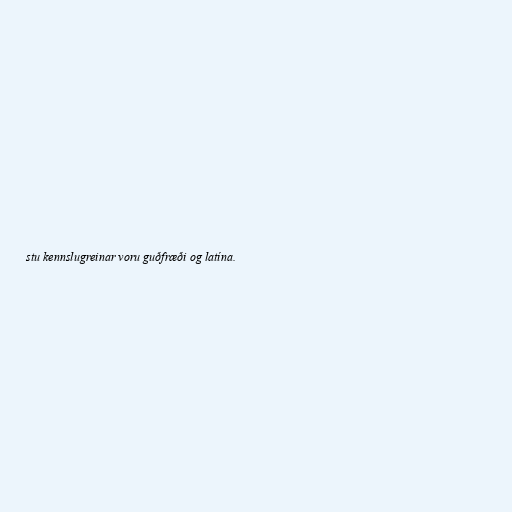
stu kennslugreinar voru guðfræði og latína.